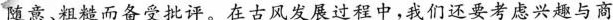
随意、粗糙而备受批评。在古风发展过程中，我们还要考虑兴趣与商